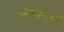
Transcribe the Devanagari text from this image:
कीबोर्ड्स